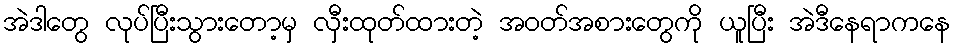
အဲဒါတွေ လုပ်ပြီးသွားတော့မှ လှီးထုတ်ထားတဲ့ အဝတ်အစားတွေကို ယူပြီး အဲဒီနေရာကနေ